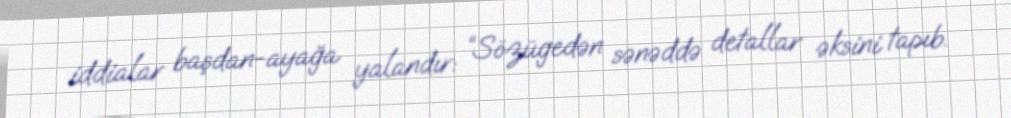
iddialar başdan-ayağa yalandır: “Sözügedən sənəddə detallar əksini tapıb.